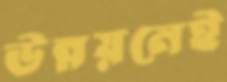
উন্নয়নেই